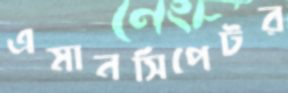
এমানসিপেটর